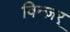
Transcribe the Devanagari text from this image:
विन्ज़र्